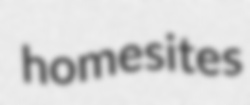
homesites